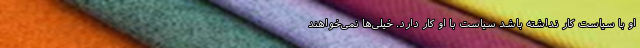
او با سیاست کار نداشته باشد سیاست با او کار دارد. خیلی‌ها نمی‌خواهند